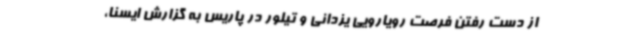
از دست رفتن فرصت رویارویی یزدانی و تیلور در پاریس به گزارش ایسنا،